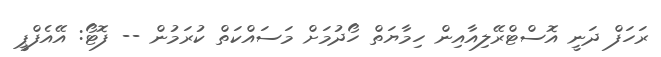
ރަހަފް ދަނީ އޮސްޓްރޭލިއާއިން ހިމާޔަތް ހޯދުމަށް މަސައްކަތް ކުރަމުން -- ފޮޓޯ: އޭއެފްޕީ